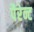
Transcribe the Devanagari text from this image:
पैरेन्ट